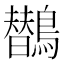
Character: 𱈻